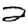
Digit: 2